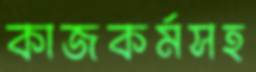
কাজকর্মসহ